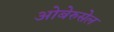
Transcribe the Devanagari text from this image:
ओबेरुसेल